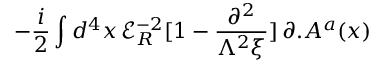
- \frac { i } { 2 } \int d ^ { 4 } x \, { \mathcal { E } } _ { R } ^ { - 2 } [ 1 - \frac { \partial ^ { 2 } } { \Lambda ^ { 2 } \xi } ] \, \partial . A ^ { a } ( x )